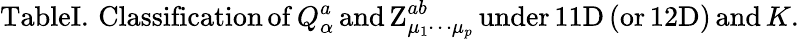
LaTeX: \mathrm{TableI.\, Classification\, of\, }Q_{\alpha}^{a}\mathrm{\, and\, Z}_{\mu_{1}\cdots\mu_{p}}^{ab}\mathrm{\, under\, 11D\, (or\, 12D)\, and\, }K\mathrm{.}